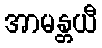
အာမန္တယီ